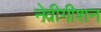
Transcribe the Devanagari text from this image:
नेवीगीशन